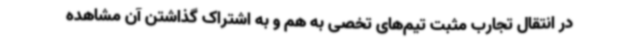
در انتقال تجارب مثبت تیم‌های تخصی به هم و به اشتراک گذاشتن آن مشاهده